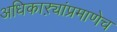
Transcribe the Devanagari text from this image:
अधिकाऱ्यांप्रमाणेच